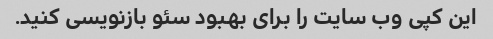
این کپی وب سایت را برای بهبود سئو بازنویسی کنید.